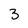
Character: 3